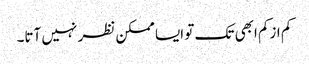
کم ازکم ابھی تک تو ایسا ممکن نظر نہیں آتا۔